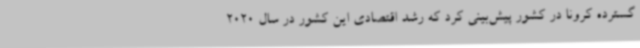
گسترده کرونا در کشور پیش‌بینی کرد که رشد اقتصادی این کشور در سال 2020